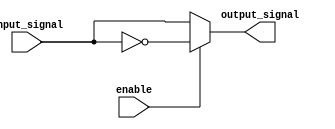
module Combinational_logic_block (
    input wire input_signal,
    input wire enable,
    output wire output_signal
);

assign output_signal = enable ? ~input_signal : input_signal;

endmodule